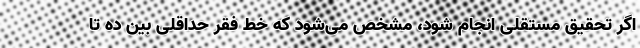
اگر تحقیق مستقلی انجام شود، مشخص می‌شود که خط فقر حداقلی بین ده تا